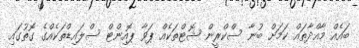
ބައެއް މާއްދާތައް ކަމަށް ބުނާ ސްކްރީން ޝޮޓްތަކެއް ޕަވާ ޕޮއިންޓް ސްލައިޑްތަކެއްގެ ގޮތުގައި